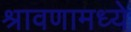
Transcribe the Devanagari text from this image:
श्रावणामध्ये